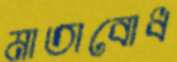
মাতাবোধ